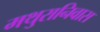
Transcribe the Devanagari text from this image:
मथुरानिवास